Indian Civil Veterinary Department memoirs
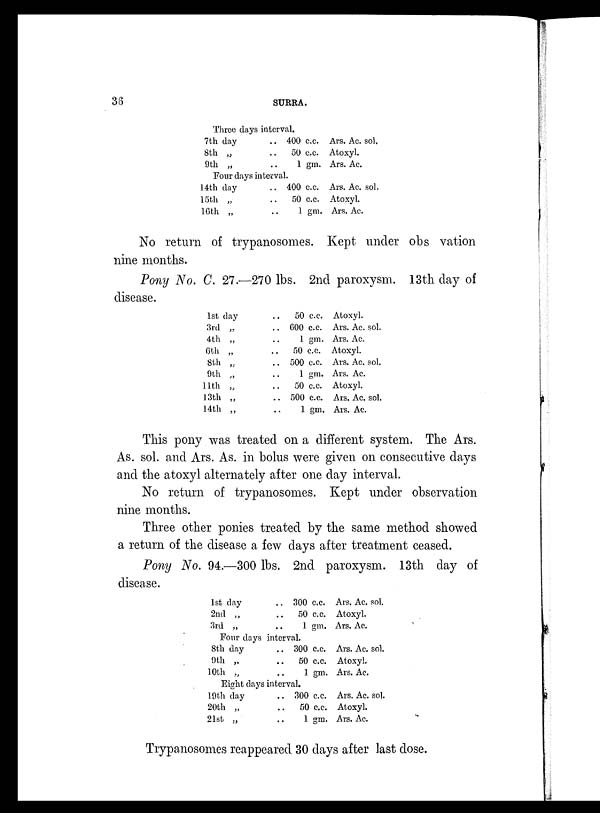
36
SURRA.
Three days interval.
7th day
8th „
9th „
. .
. .
. .
400 c.c.
50 c.c.
1 gm.
Four days interval.
14th day
15th „
16th „
. .
. .
. .
400 c.c.
50 c.c.
1 gm.
Ars. Ac. sol.
Atoxyl.
Ars. Ac.
Ars. Ac. sol.
Atoxyl.
Ars. Ac.
No return of trypanosomes. Kept under obs vation
nine months.
Pony No. C. 27.—270 lbs. 2nd paroxysm. 13th day of
disease.
1st day
3rd „
4th „
6th „
8th „
9th „
11th „
13th „
14th „
. . 50 c.c.
. . 600 c.c.
. . 1 gm.
. . 50 c.c.
. . 500 c.c.
. . 1 gm.
. .
50 c.c.
. . 500 c.c.
. . 1 gm.
Atoxyl.
Ars. Ac. sol.
Ars. Ac.
Atoxyl.
Ars. Ac. sol.
Ars. Ac.
Atoxyl.
Ars. Ac. sol.
Ars. Ac.
This pony was treated on a different system. The Ars.
As. sol. and Ars. As. in bolus were given on consecutive days
and the atoxyl alternately after one day interval.
No return of trypanosomes. Kept under observation
nine months.
Three other ponies treated by the same method showed
a return of the disease a few days after treatment ceased.
Pony No. 94.—300 lbs. 2nd paroxysm. 13th day of
disease.
1st day
2nd „
3rd „
. . 300 c.c.
. .
50 c.c.
. . 1 gm.
Four days interval.
8th day
9th „
10th „
. . 300 c.c.
. .
50 c.c.
. . 1 gm.
Eight days interval.
19th day
20th „
21st „
. . 300 c.c.
. .
50 c.c.
. . 1 gm.
Ars. Ac. sol.
Atoxyl.
Ars. Ac.
Ars. Ac. sol.
Atoxyl.
Ars. Ac.
Ars. Ac. sol.
Atoxyl.
Ars. Ac.
Trypanosomes reappeared 30 days after last dose.